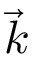
\vec { k }